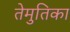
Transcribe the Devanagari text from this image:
तेमुतिका